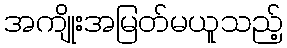
အကျိုးအမြတ်မယူသည့်